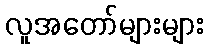
လူအတော်များများ